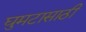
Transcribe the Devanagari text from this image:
घुमटासाठी